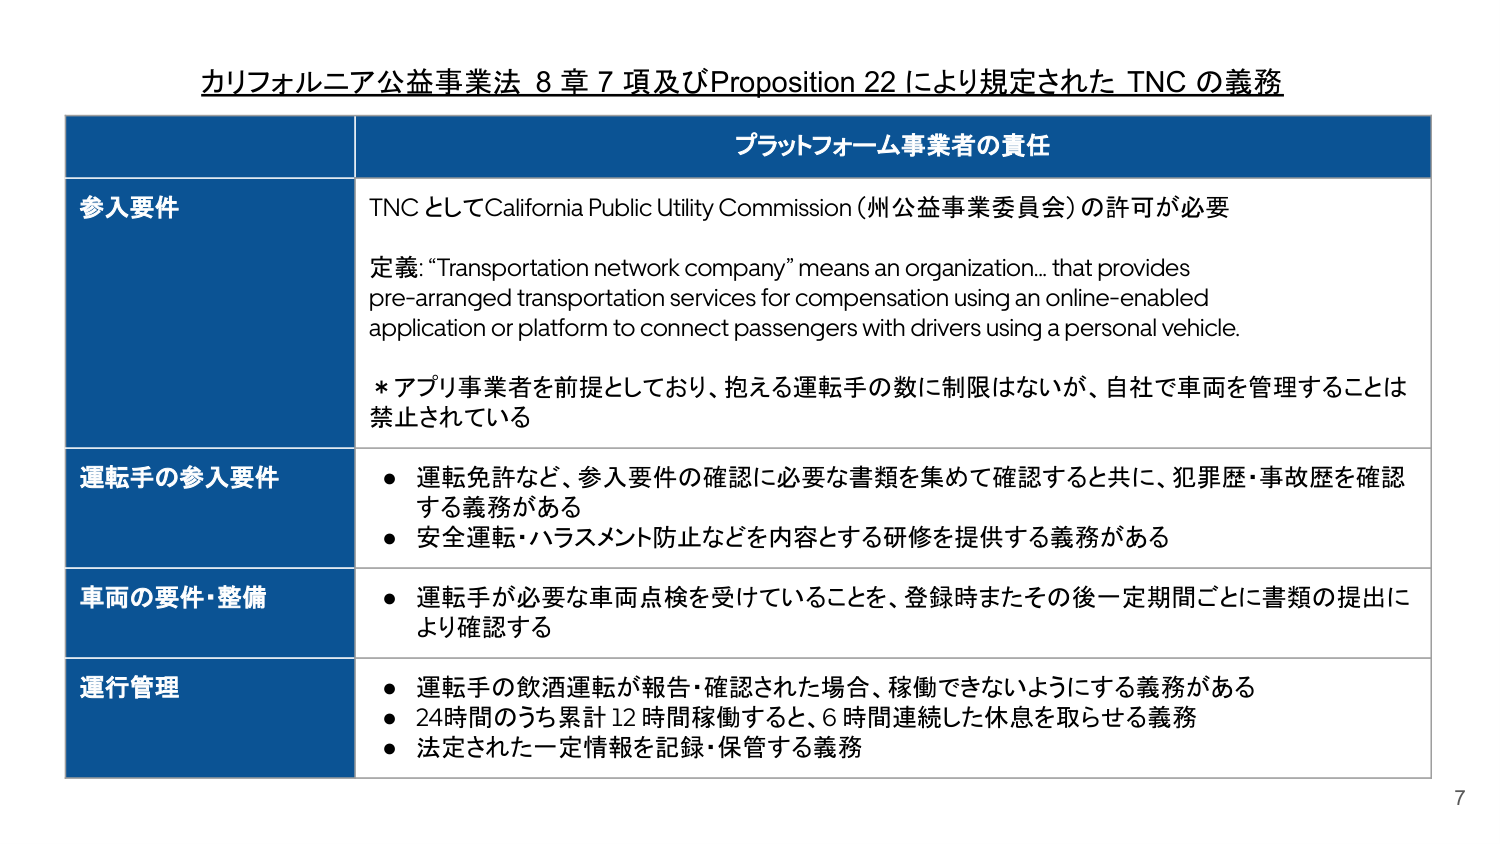
カリフォルニア公益事業法 8 章 7 項及びProposition 22 により規定された TNC の義務

プラットフォーム事業者の責任

参入要件
TNCとしてCalifornia Public Utility Commission (州公益事業委員会)の許可が必要
定義: “Transportation network company” means an organization... that provides pre-arranged transportation services for compensation using an online-enabled application or platform to connect passengers with drivers using a personal vehicle.
* アプリ事業者を前提としており、抱える運転手の数に制限はないが、自社で車両を管理することは禁止されている

運転手の参入要件
・ 運転免許など、参入要件の確認に必要な書類を集めて確認すると共に、犯罪歴・事故歴を確認する義務がある
・ 安全運転・ハラスメント防止などを内容とする研修を提供する義務がある

車両の要件・整備
・ 運転手が必要な車両点検を受けていることを、登録時またその後一定期間ごとに書類の提出により確認する

運行管理
・ 運転手の飲酒運転が報告・確認された場合、稼働できないようにする義務がある
・ 24時間のうち累計12時間稼働すると、6時間連続した休息を取らせる義務
・ 法定された一定情報を記録・保管する義務

7